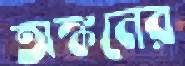
অঙ্কনের